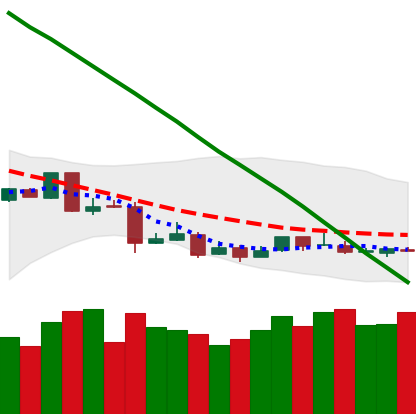
Ticker: ETC-USD
Chart end date: 2019-01-23
Forward return: -8.31%
Label: down_7plus